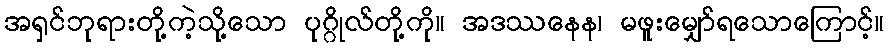
အရှင်ဘုရားတို့ကဲ့သို့သော ပုဂ္ဂိုလ်တို့ကို။ အဒဿနေန၊ မဖူးမျှော်ရသောကြောင့်။